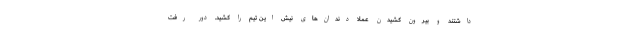
داشتند و بیرون کشیدن عملاً دندان‌های نیش این تیم را کشید. دور رفت